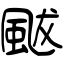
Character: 颰